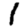
Digit: 1